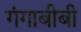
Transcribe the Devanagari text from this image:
गंगाबीबी